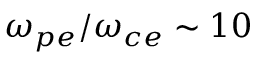
\omega _ { p e } / \omega _ { c e } \sim 1 0